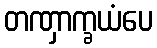
တဏှာက္ခယံပေ